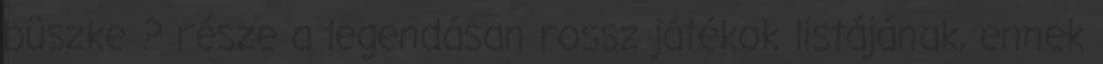
büszke ? része a legendásan rossz játékok listájának, ennek